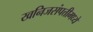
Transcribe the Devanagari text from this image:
खनिजसंपत्तीमध्ये